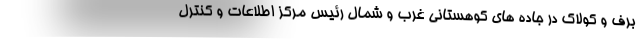
برف و کولاک در جاده های کوهستانی غرب و شمال رئیس مرکز اطلاعات و کنترل